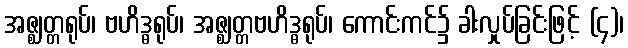
အဇ္ဈတ္တရုပ်၊ ဗဟိဒ္ဓရုပ်၊ အဇ္ဈတ္တဗဟိဒ္ဓရုပ်၊ ကောင်းကင်၌ ခါးလှုပ်ခြင်းဖြင့် (၄)၊